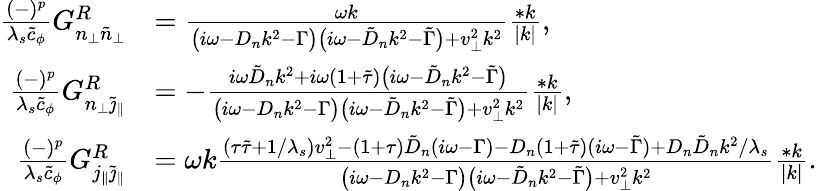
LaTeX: \begin{array}{rl}{\frac{(-)^{p}}{\lambda_{s}\tilde{c}_{\phi}}G_{n_{\perp}\tilde{n}_{\perp}}^{R}}&{=\frac{\omega k}{\big(i\omega-D_{n}k^{2}-\Gamma\big)\big(i\omega-\tilde{D}_{n}k^{2}-\tilde{\Gamma}\big)+v_{\perp}^{2}k^{2}}\frac{*k}{|k|},}\\ {\frac{(-)^{p}}{\lambda_{s}\tilde{c}_{\phi}}G_{n_{\perp}\tilde{\jmath}_{\| }}^{R}}&{=-\frac{i\omega\tilde{D}_{n}k^{2}+i\omega(1+\tilde{\tau})\big(i\omega-\tilde{D}_{n}k^{2}-\tilde{\Gamma}\big)}{\big(i\omega-D_{n}k^{2}-\Gamma\big)\big(i\omega-\tilde{D}_{n}k^{2}-\tilde{\Gamma}\big)+v_{\perp}^{2}k^{2}}\frac{*k}{|k|},}\\ {\frac{(-)^{p}}{\lambda_{s}\tilde{c}_{\phi}}G_{j_{\| }\tilde{\jmath}_{\| }}^{R}}&{=\omega k\frac{(\tau\tilde{\tau}+1/\lambda_{s})v_{\perp}^{2}-(1+\tau)\tilde{D}_{n}(i\omega-\Gamma)-D_{n}(1+\tilde{\tau})(i\omega-\tilde{\Gamma})+D_{n}\tilde{D}_{n}k^{2}/\lambda_{s}}{\big(i\omega-D_{n}k^{2}-\Gamma\big)\big(i\omega-\tilde{D}_{n}k^{2}-\tilde{\Gamma}\big)+v_{\perp}^{2}k^{2}}\frac{*k}{|k|}.}\end{array}